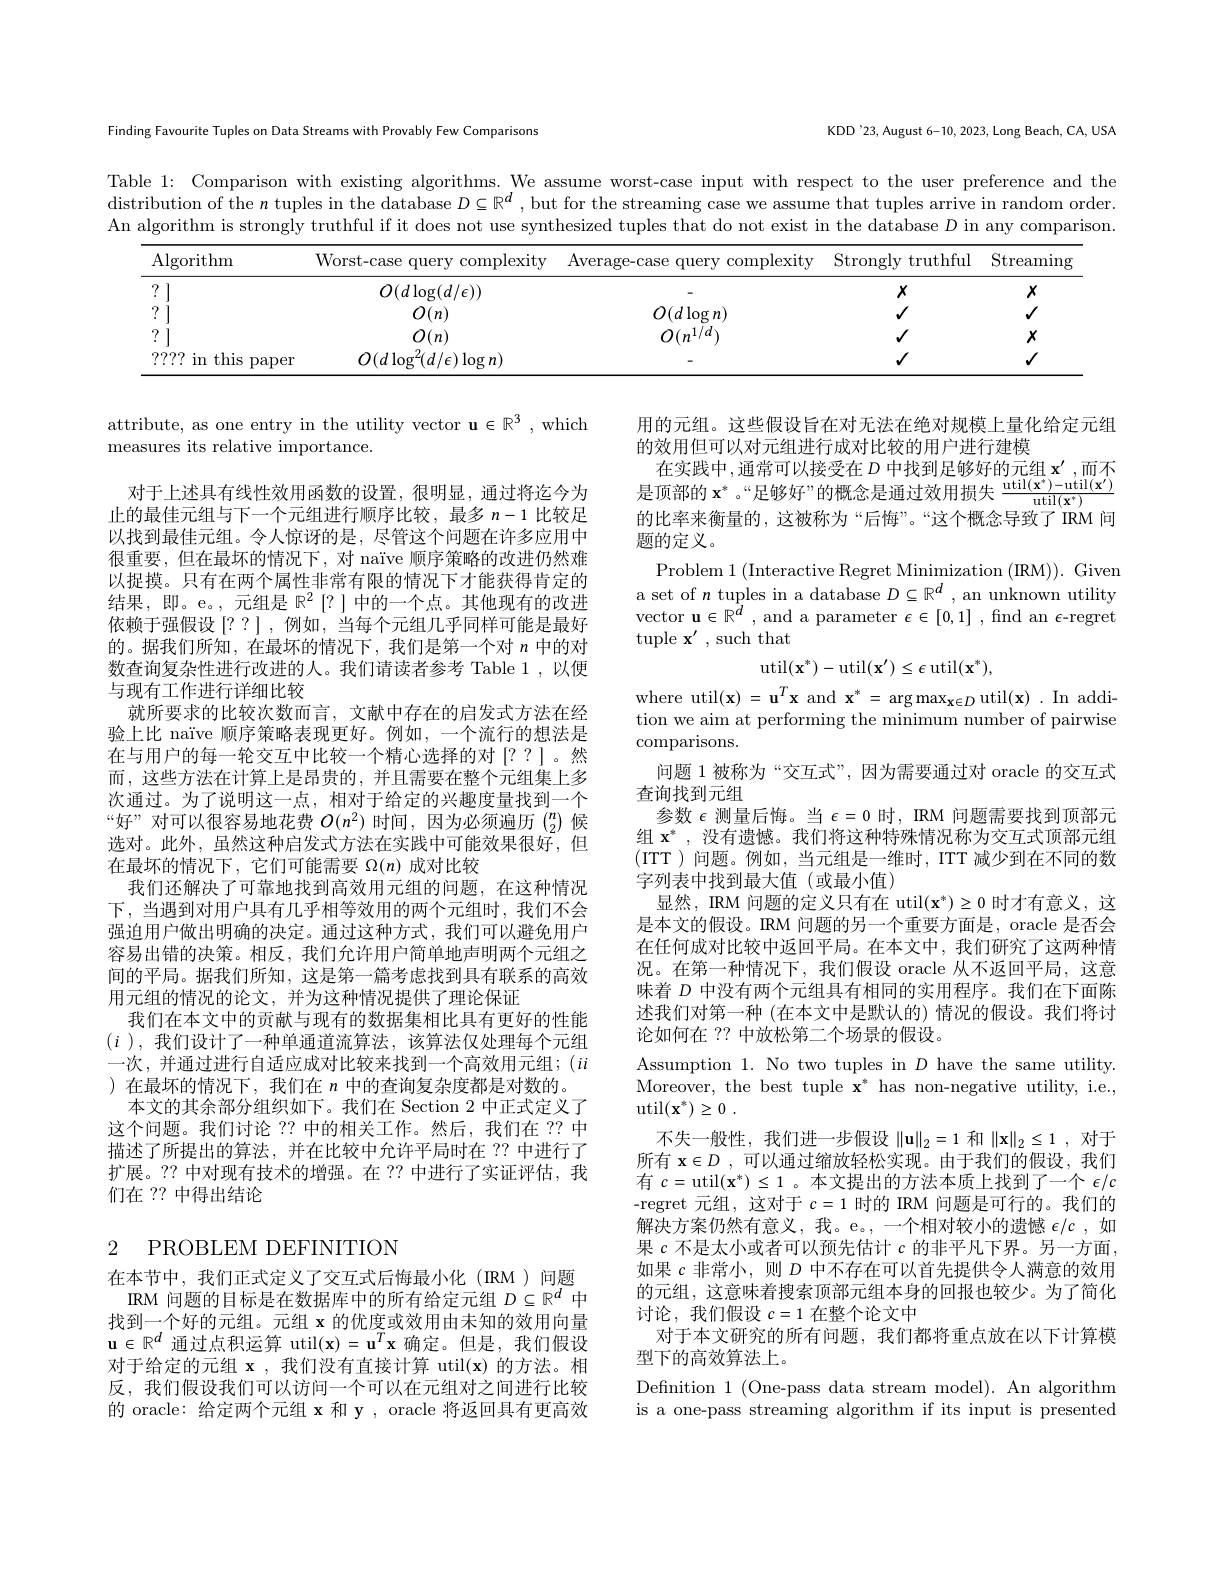
Finding Favourite Tuples on Data Streams with Provably Few Comparisons

KDD'23, August 6-10, 2023, Long Beach, CA, USA

Table 1: Comparison with existing algorithms. We assume worst-case input with respect to the user preference and the $\hat{\text{distribution of the }n\text{ tuples in the database }D}\subseteq\mathbb{R}^d$, but for the streaming case we assume that tuples arrive in random order. An algorithm is strongly truthful if it does not use synthesized tuples that do not exist in the database $D$ in any comparison
<table>
	<tbody>
		<tr>
			<th>Algorithm</th>
			<th>Worst-case query $\operatorname{complexity}$ 1</th>
			<th>${\mathrm{Average-case~query}}$ ${\mathbf{y}}$ complexity</th>
			<th>Strongly t truthful</th>
			<th>Streaming</th>
		</tr>
		<tr>
			<td>?</td>
			<td>$O(d\log(d/\epsilon))$</td>
			<td> </td>
			<td>$X$</td>
			<td>$X$</td>
		</tr>
		<tr>
			<td>? $w$</td>
			<td>$O(n)$</td>
			<td>$O(d\log n)$</td>
			<td>$√$</td>
			<td>$√$</td>
		</tr>
		<tr>
			<td>7</td>
			<td>$O(n)$</td>
			<td>$O(n^{1/d})$</td>
			<td>$V$</td>
			<td>$X$</td>
		</tr>
		<tr>
			<td>???? in this paper</td>
			<td>$O(d\log^{2}(d/\epsilon)\log n)$</td>
			<td> </td>
			<td>$V$</td>
			<td>$√$</td>
		</tr>
	</tbody>
</table>

attribute, as one entry in the utility vector u$\in\mathbb{R}^3$, which
measures its relative importance.

在实践中，通常可以接受在 $D$ 中找到足够好的元组 $\mathbf{x}^\prime$,而不是顶部的$\mathbf{x}^*$。“足够好”的概念是通过效用损失$\frac{\mathrm{util}(\mathbf{x}^*)-\mathrm{util}(\mathbf{x}^{\prime})}{\mathrm{util}(\mathbf{x}^*)}$

用的元组。这些假设旨在对无法在绝对规模上量化给定元组
的效用但可以对元组进行成对比较的用户进行建模
的比率来衡量的，这被称为“后悔”。“这个概念导致了 IRM 问
题的定义。
Problem 1 (Interactive Regret Minimization (IRM)). Given a set of $n$ tuples in a database $D\subseteq\mathbb{R}^d$, an unknown utility vector $\mathbf{u}\in\mathbb{R}^{\bar{d}}$, and a parameter $\epsilon\in[0,1]$, find an $\epsilon$-regret tuple $\mathbf{x}^\prime$,such that
$$\mathrm{util}(\mathbf{x}^*)-\mathrm{util}(\mathbf{x}^{\prime})\leq\epsilon\:\mathrm{util}(\mathbf{x}^*)$$
对于上述具有线性效用函数的设置，很明显，通过将迄今为止的最佳元组与下一个元组进行顺序比较，最多$n-1$比较足以找到最佳元组。令人惊讶的是，尽管这个问题在许多应用中很重要，但在最坏的情况下，对 naïve 顺序策略的改进仍然难以捉摸。只有在两个属性非常有限的情况下才能获得肯定的结果，即。e。,元组是 $\mathbb{R}^2\left[?\right]$中的一个点。其他现有的改进依赖于强假设$\left[??\right]$,例如，当每个元组几乎同样可能是最好的。据我们所知，在最坏的情况下，我们是第一个对$n$中的对数查询复杂性进行改进的人。我们请读者参考 Table 1 ,以便与现有工作进行详细比较
就所要求的比较次数而言，文献中存在的启发式方法在经验上比 naïve 顺序策略表现更好。例如，一个流行的想法是在与用户的每一轮交互中比较一个精心选择的对[??]。然而 , 这些方法在计算上是昂贵的，并且需要在整个元组集上多次通过。为了说明这一点，相对于给定的兴趣度量找到一个“好”对可以很容易地花费$O(n^2)$时间，因为必须遍历$\binom n2$候选对。此外，虽然这种启发式方法在实践中可能效果很好，但在最坏的情况下，它们可能需要$\Omega(n)$成对比较
我们还解决了可靠地找到高效用元组的问题，在这种情况下，当遇到对用户具有几乎相等效用的两个元组时，我们不会强迫用户做出明确的决定。通过这种方式，我们可以避免用户容易出错的决策。相反，我们允许用户简单地声明两个元组之间的平局。据我们所知，这是第一篇考虑找到具有联系的高效用元组的情况的论文，并为这种情况提供了理论保证
我们在本文中的贡献与现有的数据集相比具有更好的性能$(i$ ),我们设计了一种单通道流算法，该算法仅处理每个元组一次，并通过进行自适应成对比较来找到一个高效用元组；($ii$ )在最坏的情况下，我们在$n$中的查询复杂度都是对数的。
本文的其余部分组织如下。我们在 Section 2 中正式定义了这个问题。我们讨论 ?? 中的相关工作。然后，我们在 ?? 中描述了所提出的算法，并在比较中允许平局时在 ?? 中进行了扩展。?? 中对现有技术的增强。在 ?? 中进行了实证评估，我们在 ?? 中得出结论

where util$(\mathbf{x})=\mathbf{u}^{T}\mathbf{x}$ and $\mathbf{x}^*=\arg\max_{\mathbf{x}\in D}$util$(\mathbf{x}).$In addition we aim at performing the minimum number of pairwise comparisons.
问题 1 被称为“交互式”,因为需要通过对 oracle 的交互式
查询找到元组
参数$\epsilon$测量后悔。当$\epsilon=0$时，IRM 问题需要找到顶部元组$\mathbf{x}^*$,没有遗憾。我们将这种特殊情况称为交互式顶部元组(ITT )问题。例如，当元组是一维时，ITT 减少到在不同的数字列表中找到最大值(或最小值)
显然，IRM 问题的定义只有在 util$(\mathbf{x}^*)\geq0$时才有意义，这是本文的假设。IRM 问题的另一个重要方面是，oracle 是否会在任何成对比较中返回平局。在本文中，我们研究了这两种情况。在第一种情况下，我们假设 oracle 从不返回平局，这意味着$D$中没有两个元组具有相同的实用程序。我们在下面陈述我们对第一种 (在本文中是默认的) 情况的假设。我们将讨论如何在 ?? 中放松第二个场景的假设。
Assumption 1. No two tuples in $D$ have the same utility. Moreover, the best tuple $\mathbf{x}^*$ has non-negative utility, i.e., $\operatorname { util} ( \mathbf{x} ^* ) \geq 0$ .
不失一般性，我们进一步假设$\|\mathbf{u}\|_2=1$和$\|\mathbf{x}\|_2\leq1$,对于所有$\mathbf{x} \in D$ ,可以通过缩放轻松实现。由于我们的假设，我们有$c=$util$(\mathbf{x}^*)\leq1$ 。本文提出的方法本质上找到了一个$\epsilon/c$ -regret 元组，这对于$c=1$时的 IRM 问题是可行的。我们的解决方案仍然有意义，我。e。,一个相对较小的遗憾$\epsilon/c$ ,如果$c$不是太小或者可以预先估计$c$的非平凡下界。另一方面， 如果$c$非常小，则$D$中不存在可以首先提供令人满意的效用的元组，这意味着搜索顶部元组本身的回报也较少。为了简化讨论，我们假设$c=1$在整个论文中
对于本文研究的所有问题，我们都将重点放在以下计算模
型下的高效算法上。
Defnition 1 (One-pass data stream model). An algorithm is a one-pass streaming algorithm if its input is presented

## 2 PROBLEM DEFINITION

在本节中，我们正式定义了交互式后悔最小化(IRM)问题IRM 问题的目标是在数据库中的所有给定元组$D\subseteq\mathbb{R}^d$中找到一个好的元组。元组$\mathbf{x}$的优度或效用由未知的效用向量$\mathbf{u}\in\mathbb{R}^d$通过点积运算 util$(\mathbf{x})=\mathbf{u}^T\mathbf{x}$确定。但是，我们假设对于给定的元组$\mathbf{x}$,我们没有直接计算 util(x)的方法。相反，我们假设我们可以访问一个可以在元组对之间进行比较的 oracle: 给定两个元组$\mathbf{x}$和 y , oracle 将返回具有更高效